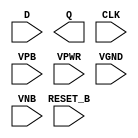
module sky130_fd_sc_hd__dfrtp (
    //# {{data|Data Signals}}
    input  D      ,
    output Q      ,

    //# {{control|Control Signals}}
    input  RESET_B,

    //# {{clocks|Clocking}}
    input  CLK    ,

    //# {{power|Power}}
    input  VPB    ,
    input  VPWR   ,
    input  VGND   ,
    input  VNB
);
endmodule